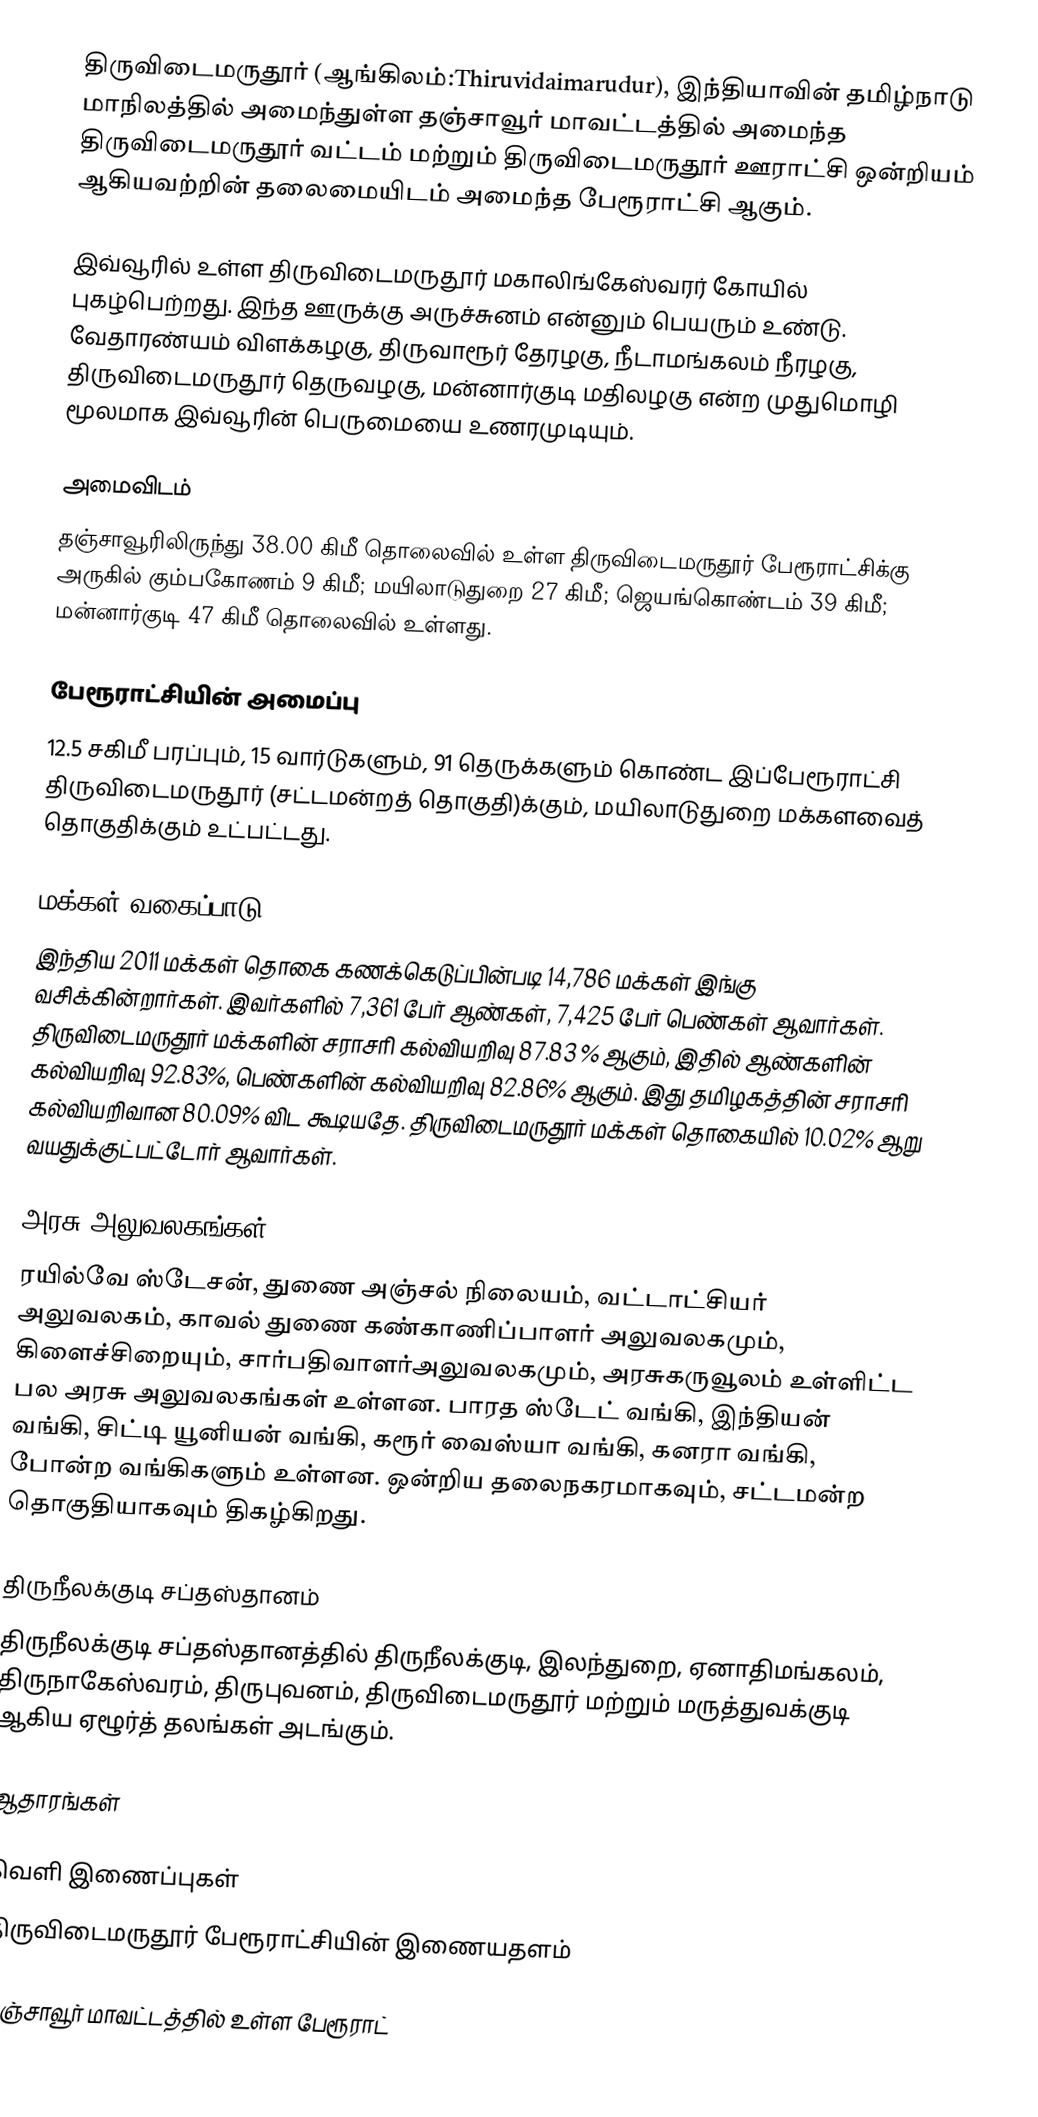
திருவிடைமருதூர் (ஆங்கிலம்:Thiruvidaimarudur), இந்தியாவின் தமிழ்நாடு மாநிலத்தில் அமைந்துள்ள தஞ்சாவூர் மாவட்டத்தில் அமைந்த திருவிடைமருதூர் வட்டம் மற்றும் திருவிடைமருதூர் ஊராட்சி ஒன்றியம் ஆகியவற்றின் தலைமையிடம் அமைந்த பேரூராட்சி ஆகும்.

இவ்வூரில் உள்ள திருவிடைமருதூர் மகாலிங்கேஸ்வரர் கோயில் புகழ்பெற்றது. இந்த ஊருக்கு அருச்சுனம் என்னும் பெயரும் உண்டு.  வேதாரண்யம் விளக்கழகு, திருவாரூர் தேரழகு, நீடாமங்கலம் நீரழகு, திருவிடைமருதூர் தெருவழகு, மன்னார்குடி மதிலழகு என்ற முதுமொழி மூலமாக இவ்வூரின் பெருமையை உணரமுடியும்.

அமைவிடம்
தஞ்சாவூரிலிருந்து  38.00  கிமீ தொலைவில் உள்ள திருவிடைமருதூர் பேரூராட்சிக்கு அருகில் கும்பகோணம் 9 கிமீ; மயிலாடுதுறை 27 கிமீ; ஜெயங்கொண்டம் 39 கிமீ; மன்னார்குடி 47 கிமீ தொலைவில் உள்ளது.

பேரூராட்சியின் அமைப்பு
12.5 சகிமீ பரப்பும்,  15  வார்டுகளும், 91   தெருக்களும் கொண்ட இப்பேரூராட்சி  திருவிடைமருதூர் (சட்டமன்றத் தொகுதி)க்கும், மயிலாடுதுறை மக்களவைத் தொகுதிக்கும் உட்பட்டது.

மக்கள் வகைப்பாடு
இந்திய 2011 மக்கள் தொகை கணக்கெடுப்பின்படி 14,786 மக்கள் இங்கு வசிக்கின்றார்கள். இவர்களில் 7,361 பேர் ஆண்கள், 7,425 பேர் பெண்கள் ஆவார்கள். திருவிடைமருதூர் மக்களின் சராசரி கல்வியறிவு 87.83 % ஆகும்,  இதில் ஆண்களின் கல்வியறிவு 92.83%,  பெண்களின் கல்வியறிவு 82.86% ஆகும். இது தமிழகத்தின் சராசரி கல்வியறிவான 80.09% விட கூடியதே. திருவிடைமருதூர் மக்கள் தொகையில் 10.02%  ஆறு வயதுக்குட்பட்டோர் ஆவார்கள்.

அரசு அலுவலகங்கள்
ரயில்வே ஸ்டேசன், துணை அஞ்சல் நிலையம், வட்டாட்சியர் அலுவலகம், காவல் துணை கண்காணிப்பாளர் அலுவலகமும், கிளைச்சிறையும், சார்பதிவாளர்அலுவலகமும், அரசுகருவூலம் உள்ளிட்ட பல அரசு அலுவலகங்கள் உள்ளன. பாரத ஸ்டேட் வங்கி, இந்தியன் வங்கி, சிட்டி யூனியன் வங்கி, கரூர் வைஸ்யா வங்கி, கனரா வங்கி, போன்ற வங்கிகளும் உள்ளன. ஒன்றிய தலைநகரமாகவும், சட்டமன்ற தொகுதியாகவும் திகழ்கிறது.

திருநீலக்குடி சப்தஸ்தானம்
திருநீலக்குடி சப்தஸ்தானத்தில் திருநீலக்குடி, இலந்துறை, ஏனாதிமங்கலம், திருநாகேஸ்வரம்,  திருபுவனம், திருவிடைமருதூர் மற்றும் மருத்துவக்குடி ஆகிய ஏழூர்த் தலங்கள் அடங்கும்.

ஆதாரங்கள்

வெளி இணைப்புகள்
 திருவிடைமருதூர் பேரூராட்சியின் இணையதளம்

தஞ்சாவூர் மாவட்டத்தில் உள்ள பேரூராட்